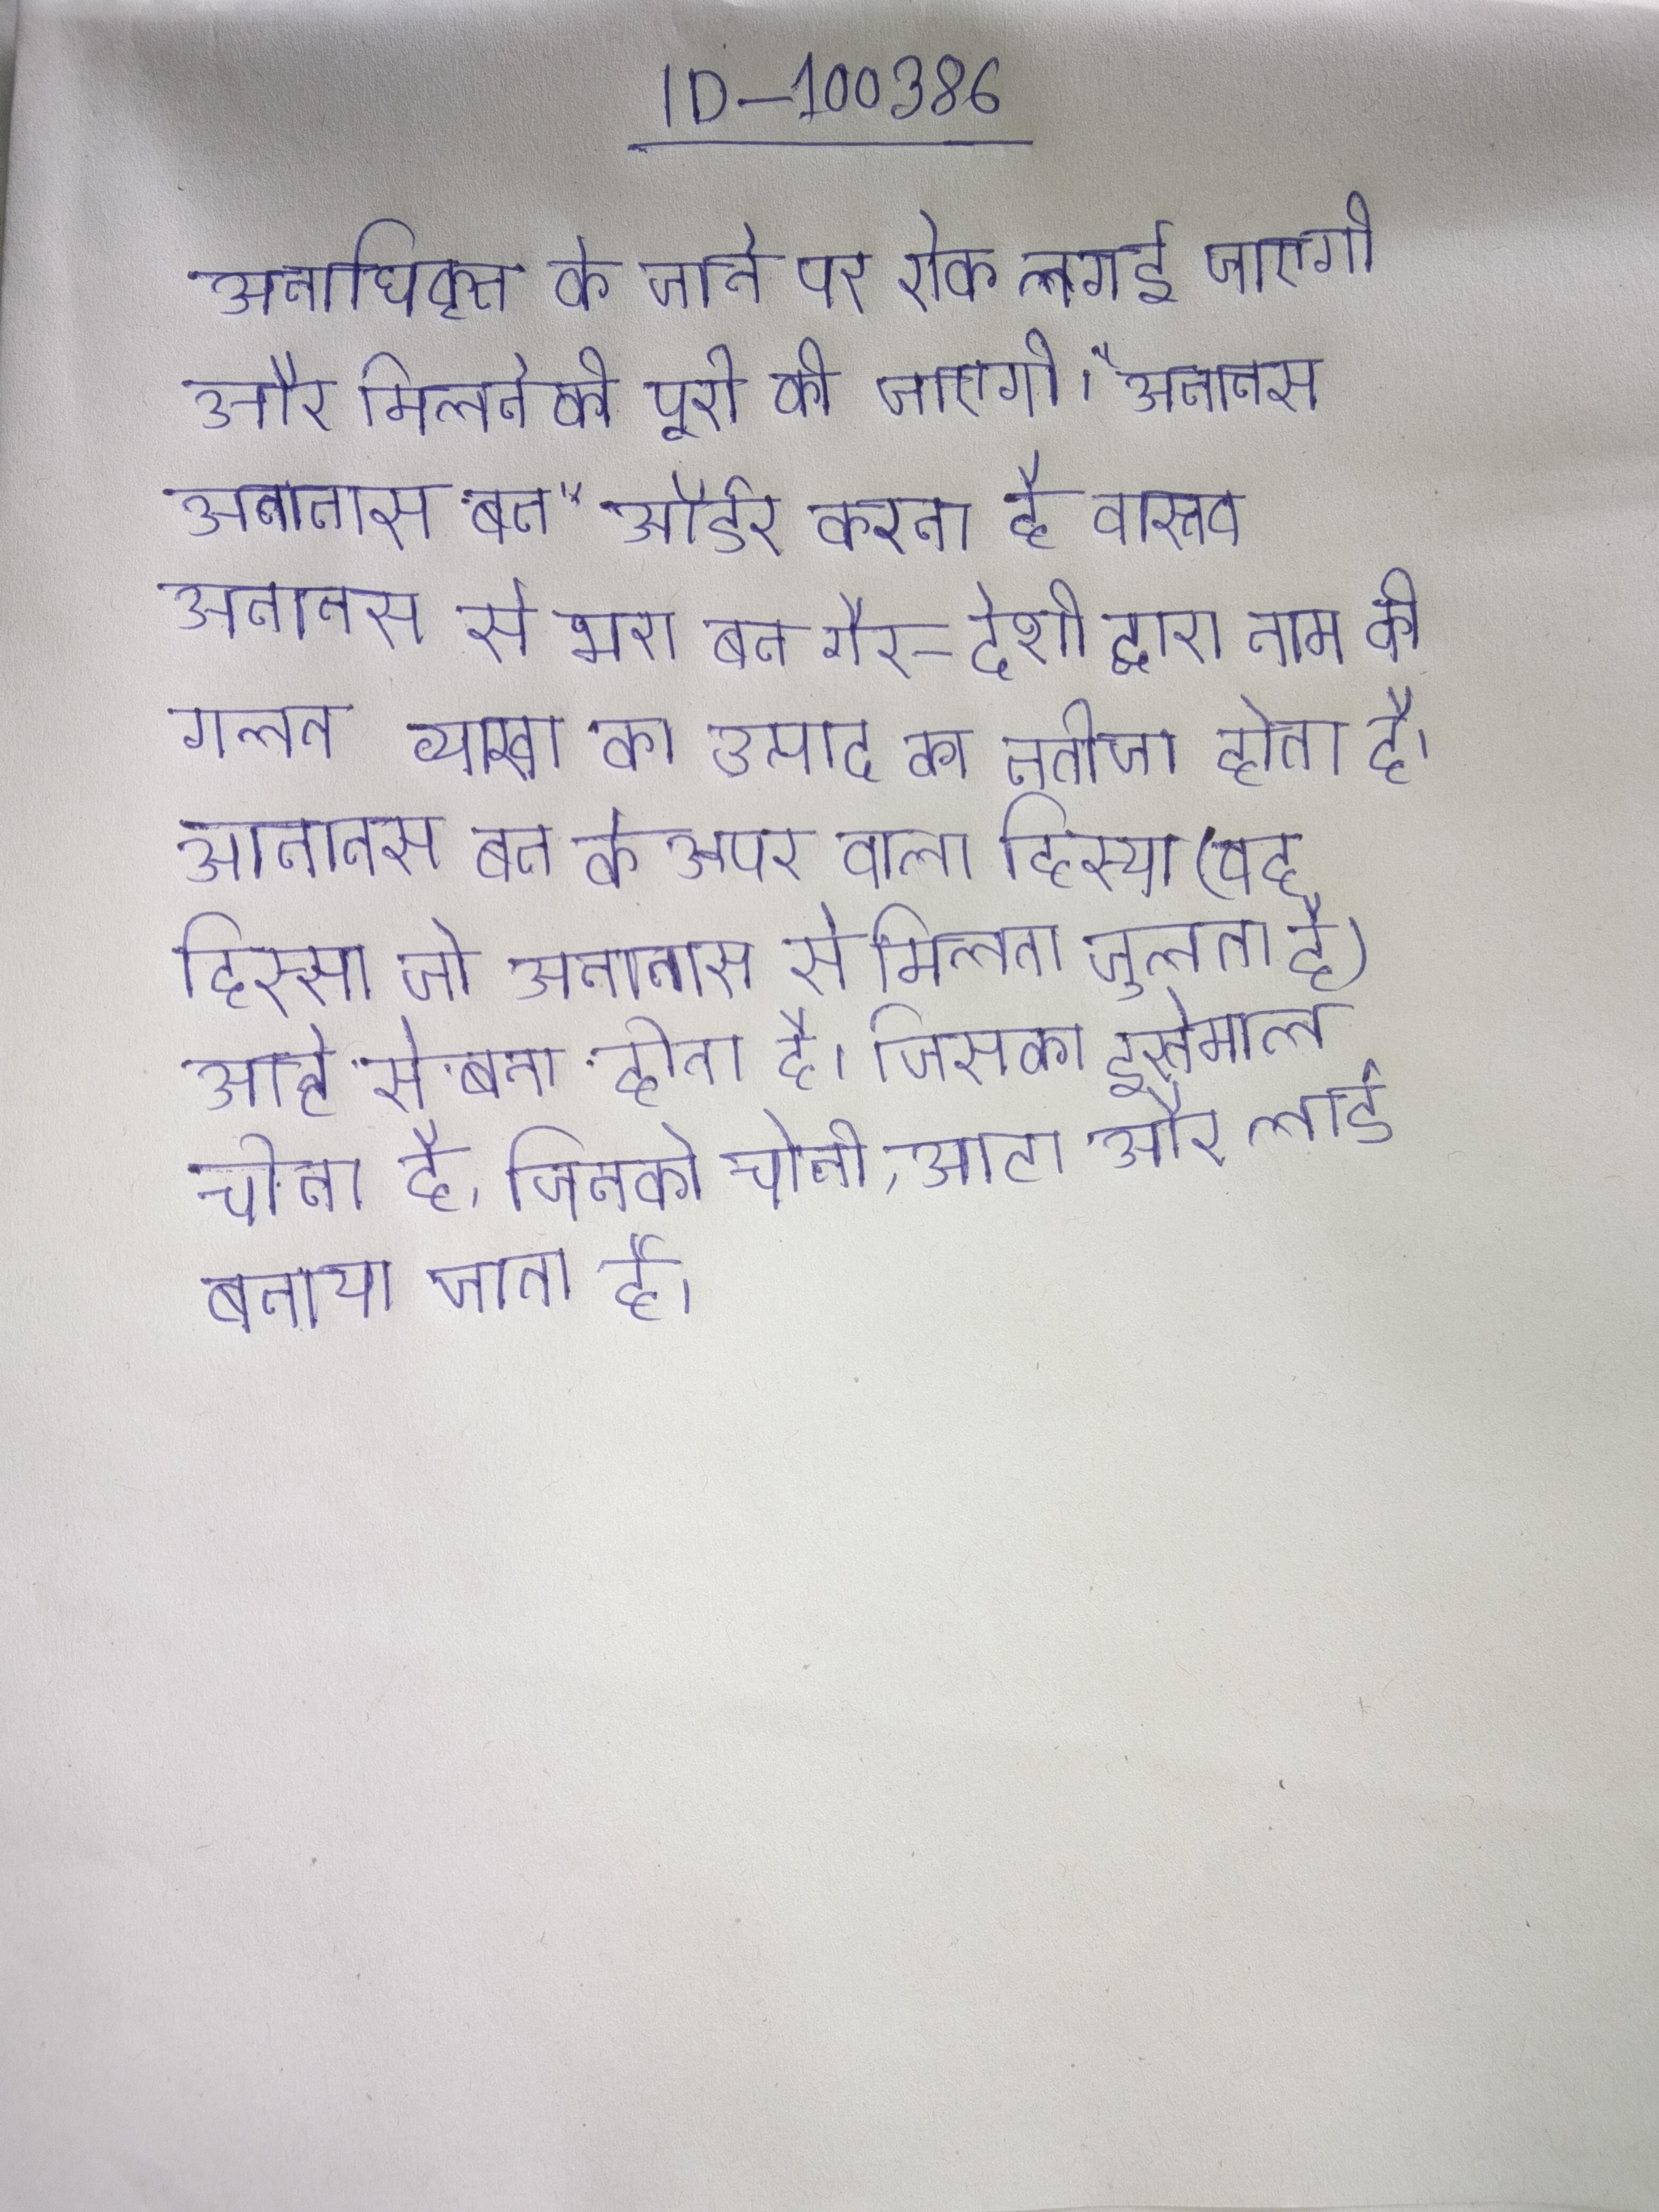
अनाधिकृत के जाने पर रोक लगाई जाएगी और मिलने की पूरी की जाएगी । "अनानास अनानास बन" ऑर्डर करना है वास्तव अनानास से भरा बन गैर-देशी द्वारा नाम की गलत व्याख्या का उत्पाद का नतीजा होता है । अनानास बन के ऊपर वाला हिस्सा (वह हिस्सा जो अनानास से मिलता जुलता है) आटे से बना होता है, जिसका इस्तेमाल चीनी बनाने के लिए किया जाता है, जिनको चीनी, आटा और लार्ड बनाया जाता है ।